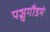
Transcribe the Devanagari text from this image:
पञ्चगौडमे